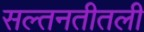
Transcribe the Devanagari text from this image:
सल्तनतीतली